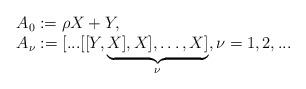
LaTeX: \begin{align*} \begin{array}{l} A_{0} := {\rho X+Y,} \\ A_{\nu } := {[...[[Y,\underbrace{X],X],\ldots ,X]}_{\nu },\nu =1,2,...} \end{array} \end{align*}